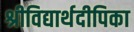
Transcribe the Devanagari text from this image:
श्रीविद्यार्थदीपिका